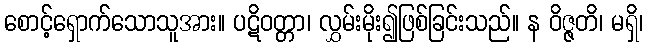
စောင့်ရှောက်သောသူအား။ ပဋိဝတ္တာ၊ လွှမ်းမိုး၍ဖြစ်ခြင်းသည်။ န ဝိဇ္ဇတိ၊ မရှိ၊